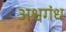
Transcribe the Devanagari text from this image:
अश्वगंध